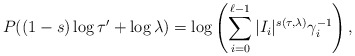
\begin{align*}P ( ( 1 - s ) \log \tau ' + \log \lambda ) = \log \left( \sum _{i=0} ^{\ell - 1} | I _i | ^{s( \tau , \lambda)} \gamma _i ^{-1} \right) ,\end{align*}